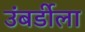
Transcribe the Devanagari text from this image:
उंबर्डीला